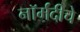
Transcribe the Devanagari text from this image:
नॉर्मंदीचे